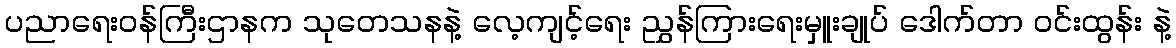
ပညာရေးဝန်ကြီးဌာနက သုတေသနနဲ့ လေ့ကျင့်ရေး ညွှန်ကြားရေးမှူးချုပ် ဒေါက်တာ ဝင်းထွန်း နဲ့